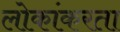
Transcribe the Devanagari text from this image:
लोकांकरता